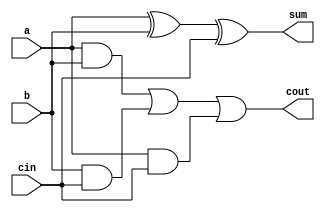
`timescale 1ns / 1ps
//////////////////////////////////////////////////////////////////////////////////
// Company: 
// Engineer: 
// 
// Design Name: 
// Module Name: RIPPLECARRYADDER
// Project Name: 
// Target Devices: 
// Tool Versions: 
// Description: 
// 
// Dependencies: 
// 
// Revision:
// Revision 0.01 - File Created
// Additional Comments:
// 
//////////////////////////////////////////////////////////////////////////////////


module RIPPLECARRYADDER(input a,b,cin, output sum,cout);
assign sum=a^b^cin;
assign cout=(a&b)|(b&cin)|(a&cin);
endmodule


module carryadder #(parameter size = 4)(input [size-1:0]a,b, input cin, output [size-1:0]sum,cout);
genvar g;
RIPPLECARRYADDER rpl0(a[0],b[0],cin,sum[0],cout[0]);
generate
for (g=1; g<size; g=g+1) begin
RIPPLECARRYADDER rpl(a[g],b[g],cout[g-1],sum[g],cout[g]);
end
endgenerate
endmodule